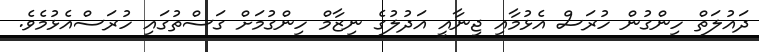
ދައުލަތް ހިންގުން ހުރަސް އެޅުމާއި ޖިނާއީ އަދުލުގެ ނިޒާމް ހިންގުމަށް ގަސްތުގައި ހުރަސްއެޅުމެވެ.